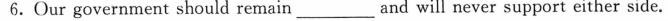
6.Our government should remain ___ and will never support either side.